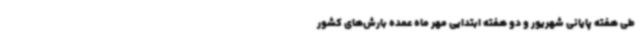
طی هفته پایانی شهریور و دو هفته ابتدایی مهر ماه عمده بارش‌های کشور